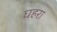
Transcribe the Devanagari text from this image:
घहरा